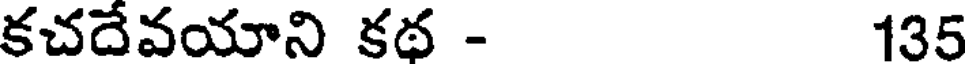
కచదేవయాని కథ - 135